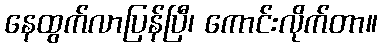
နေထွက်လာပြန်ပြီ၊ ကောင်းလိုက်တာ။